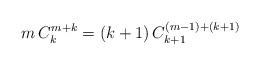
LaTeX: \begin{align*}m\,C^{m+k}_k=\left( k + 1 \right) C^{\left( m-1 \right) + \left( k+1 \right)}_{k+1} \end{align*}